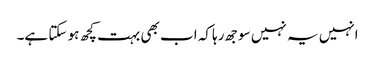
انہیں یہ نہیں سوجھ رہا کہ اب بھی بہت کچھ ہو سکتا ہے۔